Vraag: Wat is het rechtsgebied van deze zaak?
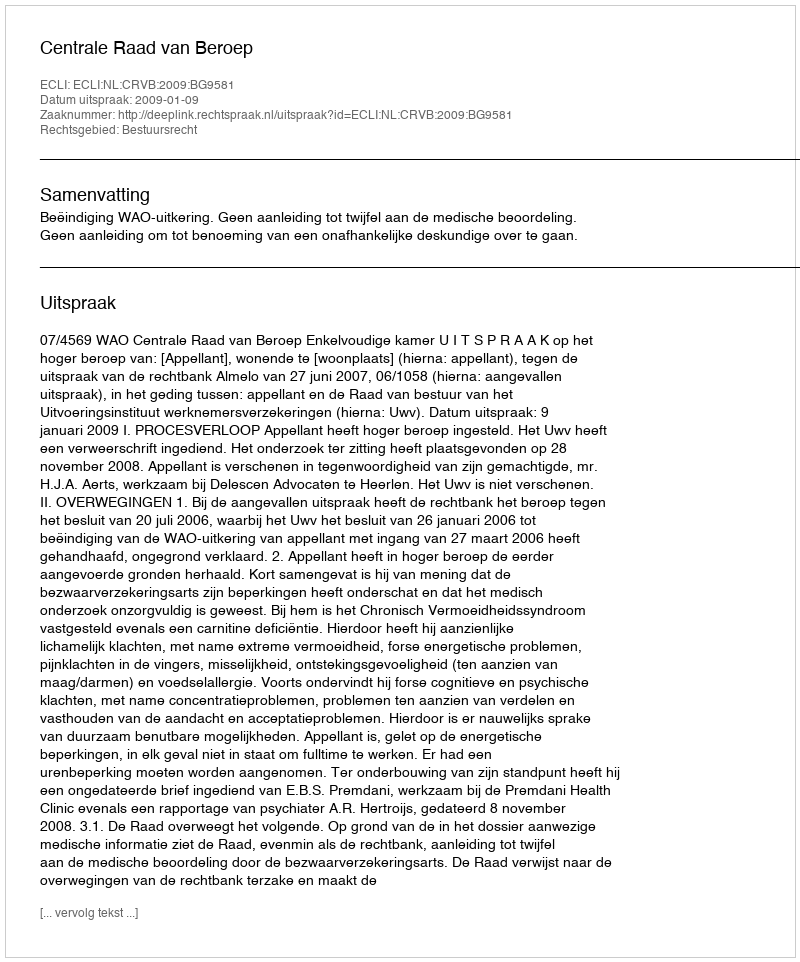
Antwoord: Bestuursrecht